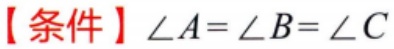
【条件】$\angle A = \angle B = \angle C$